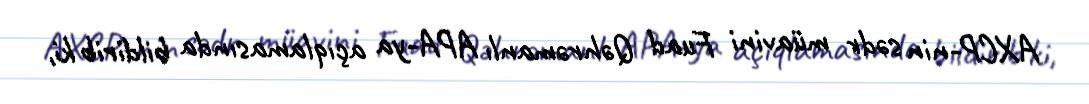
AXCP-nin sədr müavini Fuad Qəhrəmanlı APA-ya açıqlamasında bildirib ki,